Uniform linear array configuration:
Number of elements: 64
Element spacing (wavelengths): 1
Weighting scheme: exponential
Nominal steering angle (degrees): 15
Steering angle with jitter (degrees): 14.145
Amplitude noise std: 0.05
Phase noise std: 0.05

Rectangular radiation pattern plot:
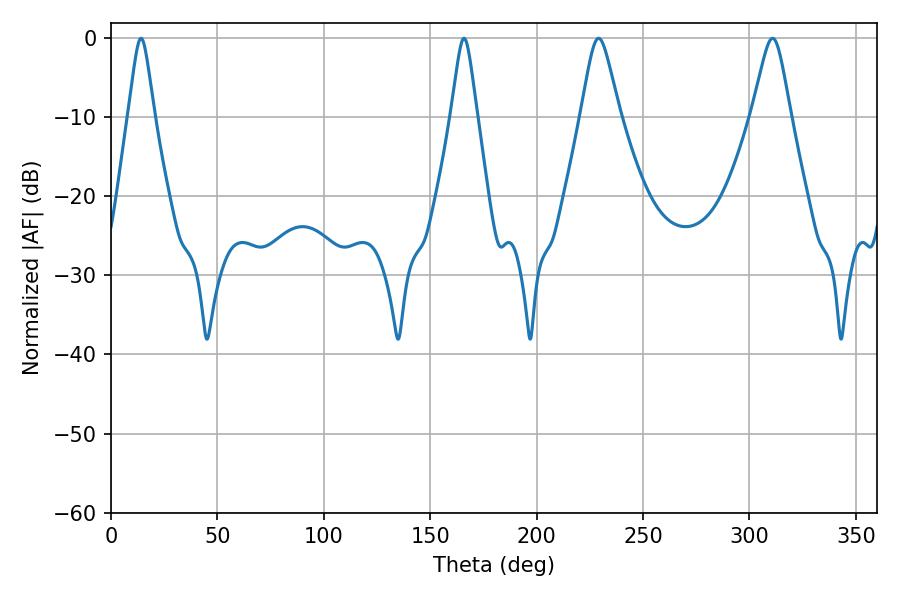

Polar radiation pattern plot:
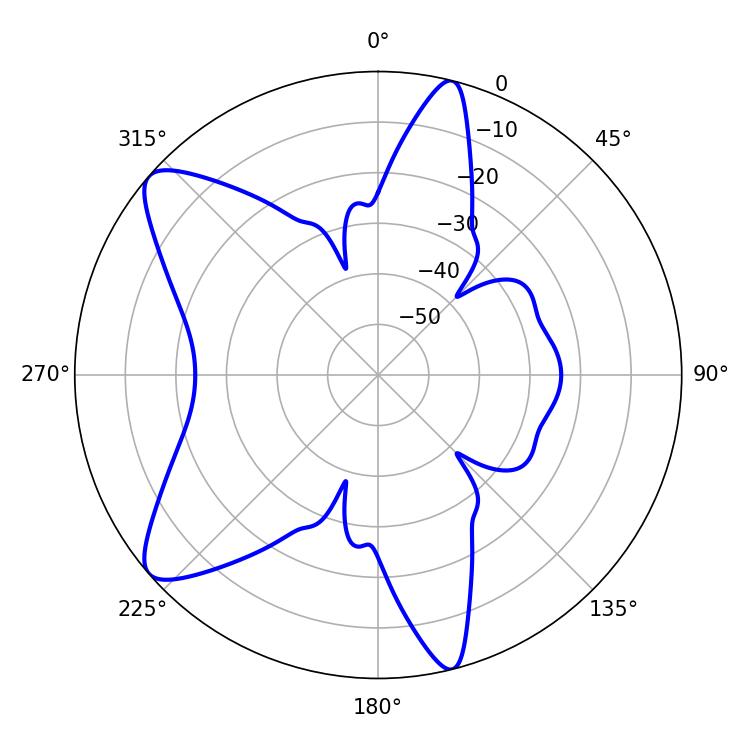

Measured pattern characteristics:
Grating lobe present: TRUE
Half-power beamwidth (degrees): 8.64
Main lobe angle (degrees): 229.14